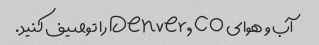
آب و هوای Denver, CO را توصیف کنید.